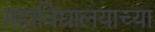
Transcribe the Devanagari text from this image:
महाविद्यालयाच्या